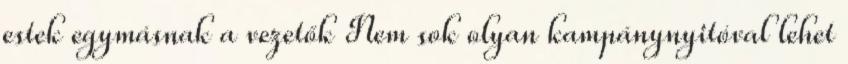
estek egymásnak a vezetők Nem sok olyan kampánynyitóval lehet